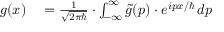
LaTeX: \begin{array} { r l } { g ( x ) } & { { } = { \frac { 1 } { \sqrt { 2 \pi \hbar } } } \cdot \int _ { - \infty } ^ { \infty } { \tilde { g } } ( p ) \cdot e ^ { i p x / \hbar } \, d p } \end{array}